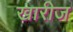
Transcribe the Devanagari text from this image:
खारीज